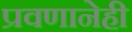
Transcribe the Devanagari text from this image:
प्रवणानेही